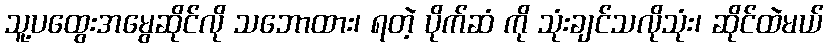
သူ့ပထွေးအမွေဆိုင်လို သဘောထား၊ ရတဲ့ ပိုက်ဆံ ကို သုံးချင်သလိုသုံး၊ ဆိုင်ထဲမယ်